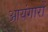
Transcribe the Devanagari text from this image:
आयंगारों